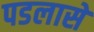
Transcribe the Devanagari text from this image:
पडलासे